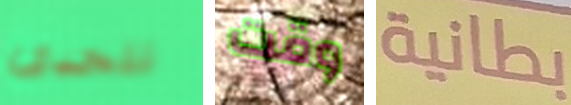
تتحدى وقت بطانية